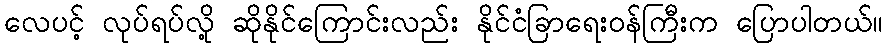
လေပင့် လုပ်ရပ်လို့ ဆိုနိုင်ကြောင်းလည်း နိုင်ငံခြာရေးဝန်ကြီးက ပြောပါတယ်။